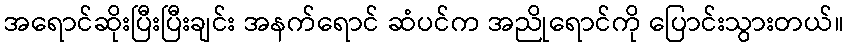
အရောင်ဆိုးပြီးပြီးချင်း အနက်ရောင် ဆံပင်က အညိုရောင်ကို ပြောင်းသွားတယ်။